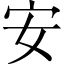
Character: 安